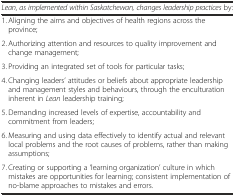
<table><thead><tr><td><b><i>Lean, as implemented within Saskatchewan, changes leadership practices</i> by:</b></td></tr></thead><tbody><tr><td>1. Aligning the aims and objectives of health regions across the province;</td></tr><tr><td>2. Authorizing attention and resources to quality improvement and change management;</td></tr><tr><td>3. Providing an integrated set of tools for particular tasks;</td></tr><tr><td>4. Changing leaders’ attitudes or beliefs about appropriate leadership and management styles and behaviours, through the enculturation inherent in <i>Lean</i> leadership training;</td></tr><tr><td>5. Demanding increased levels of expertise, accountability and commitment from leaders;</td></tr><tr><td>6. Measuring and using data effectively to identify actual and relevant local problems and the root causes of problems, rather than making assumptions;</td></tr><tr><td>7. Creating or supporting a ‘learning organization’ culture in which mistakes are opportunities for learning; consistent implementation of no-blame approaches to mistakes and errors.</td></tr></tbody></table>